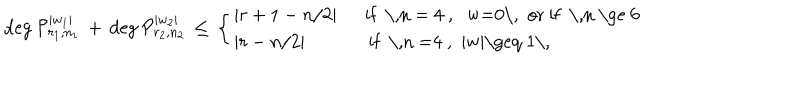
\deg { \cal P } _ { r _ { 1 } , n _ { 1 } } ^ { | w _ { 1 } | } \, + \, \deg { \cal P } _ { r _ { 2 } , n _ { 2 } } ^ { | w _ { 2 } | } \, \le \, \left\{ \begin{array} { l } { { | r + 1 - n / 2 | \quad \ \textrm { i f \, n = 4 , w = 0 \, o r i f \, n \ge 6 } } } \\ { { | r - n / 2 | \quad \qquad \, \textrm { i f \, n = 4 , | w | \geq 1 \, } } } \\ \end{array} \right.